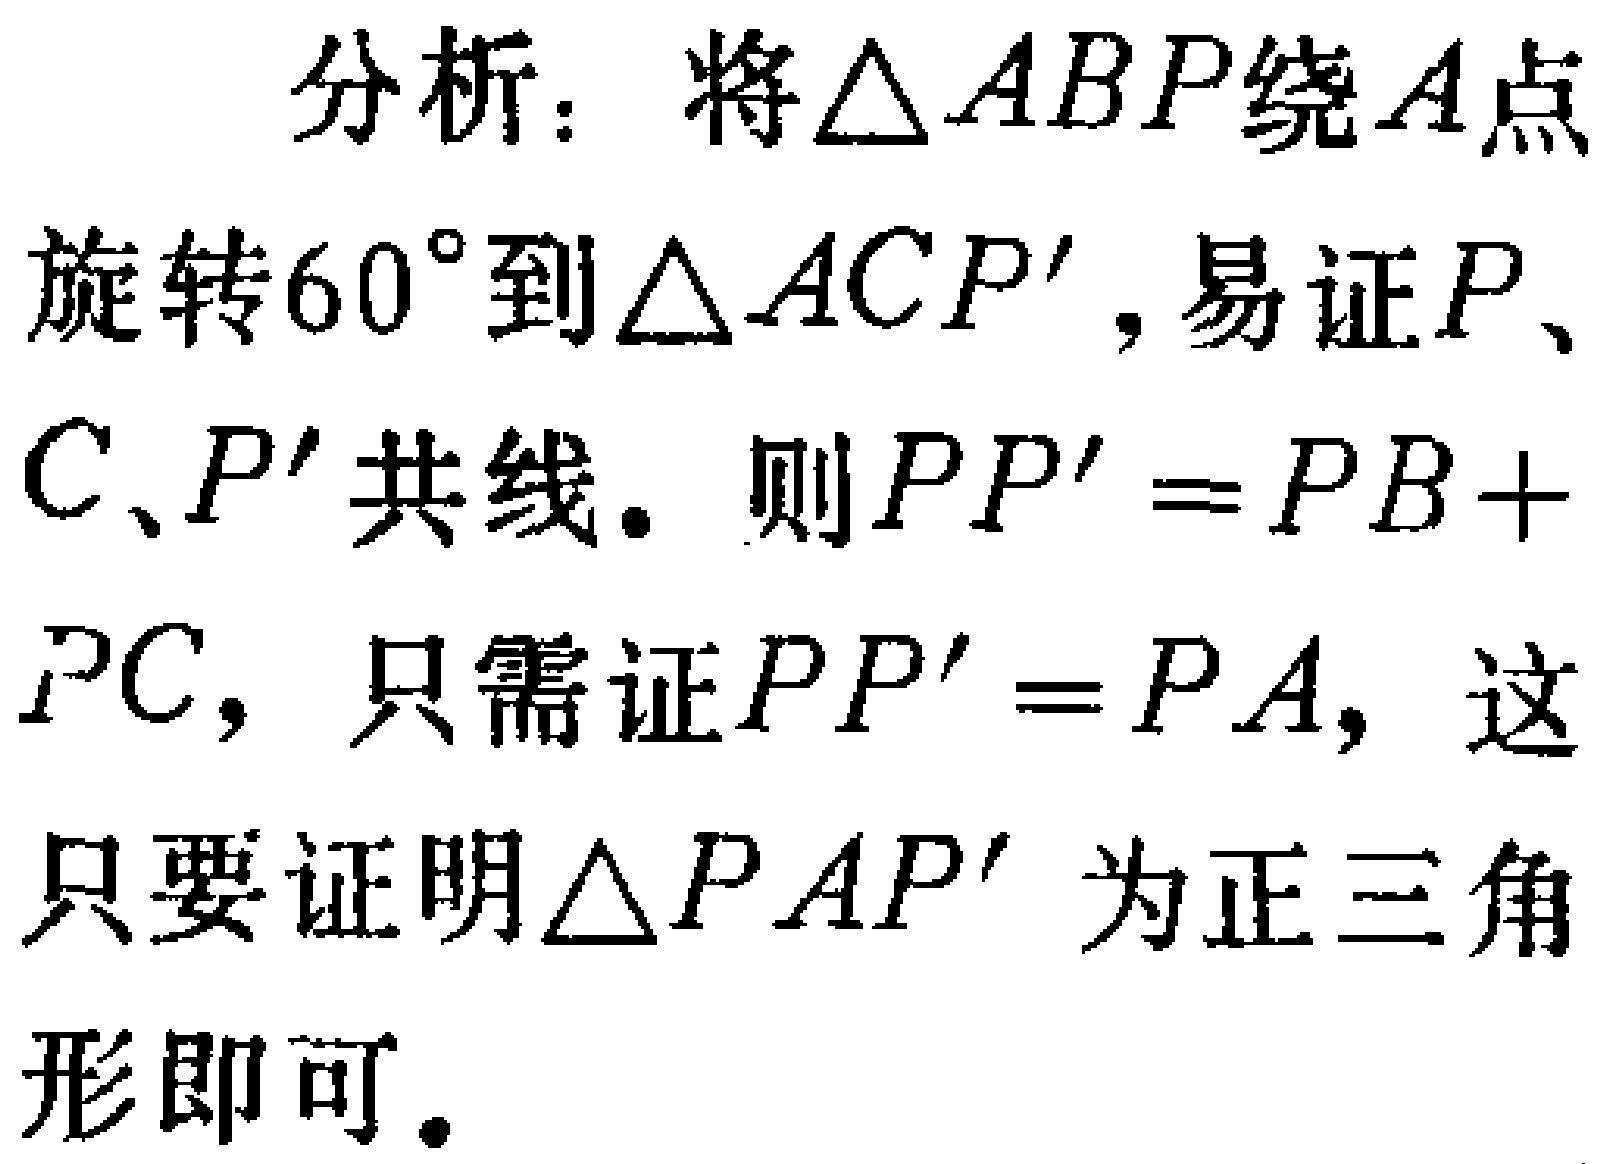
分析：将\(\triangle ABP\)绕\(A\)点旋转\(60^{\circ}\)到\(\triangle ACP'\)，易证\(P\)、\(C\)、\(P'\)共线。则\(PP' = PB + PC\)，只需证\(PP' = PA\)，这只要证明\(\triangle PAP'\)为正三角形即可。